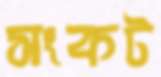
সংকট